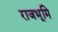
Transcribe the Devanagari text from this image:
राजभूमि